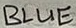
Text: BLUE